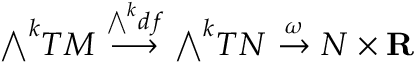
{ \textstyle \bigwedge } ^ { k } T M \ { \stackrel { { \bigwedge } ^ { k } d f } { \longrightarrow } } \ { \textstyle \bigwedge } ^ { k } T N \ { \stackrel { \omega } { \to } } \ N \times \mathbf { R }